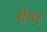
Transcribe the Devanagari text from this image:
शेमर